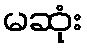
မဆုံး